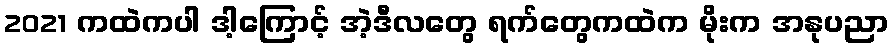
2021 ကထဲကပါ ဒါ့ကြောင့် အဲ့ဒီလတွေ ရက်တွေကထဲက မိုးက အနုပညာ